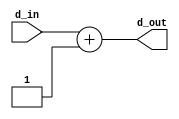
`timescale 1ns/1ps

`define REG_WIDTH 32

module incrementer #(parameter WIDTH = 1)(d_in, d_out);

input [WIDTH-1:0] d_in;

output [WIDTH-1:0] d_out;

assign d_out = d_in + 1;

endmodule